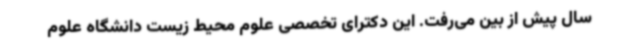
سال پیش از بین می‌رفت. این دکترای تخصصی علوم محیط زیست دانشگاه علوم